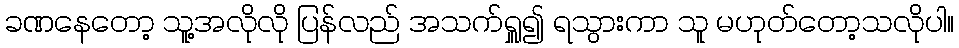
ခဏနေတော့ သူ့အလိုလို ပြန်လည် အသက်ရှူ၍ ရသွားကာ သူ မဟုတ်တော့သလိုပါ။